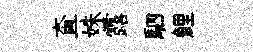
查姝露駟鯉